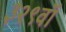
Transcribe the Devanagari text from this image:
३२९वॉ